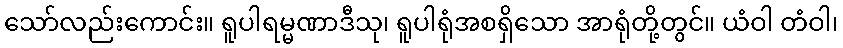
သော်လည်းကောင်း။ ရူပါရမ္မဏာဒီသု၊ ရူပါရုံအစရှိသော အာရုံတို့တွင်။ ယံဝါ တံဝါ၊